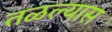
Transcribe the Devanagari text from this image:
तळल्यास